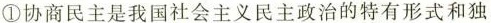
①协商民主是我国社会主义民主政治的特有形式和独